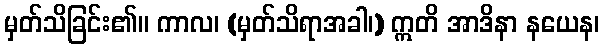
မှတ်သိခြင်း၏။ ကာလ၊ (မှတ်သိရာအခါ၊) ဣတိ အာဒိနာ နယေန၊